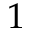
1